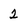
Character: 2